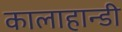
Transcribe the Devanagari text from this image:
कालाहान्डी